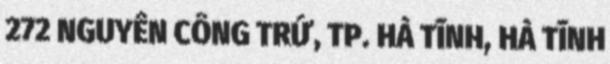
272 NGUYỄN CÔNG TRỨ, TP. HÀ TĨNH, HÀ TĨNH